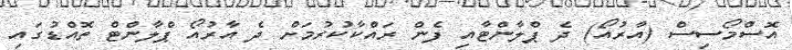
އޮސްމޯސިސް (އާރުއޯ) ދެ ޕްލާންޓާއި ފެން ރައްކާކުރުމަށް ދެ އާރުއޯ ޕްލާންޓް ތޮއްޑުގައި